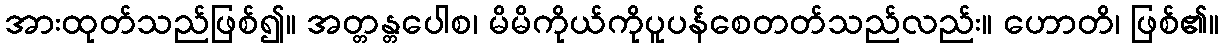
အားထုတ်သည်ဖြစ်၍။ အတ္တန္တပေါစ၊ မိမိကိုယ်ကိုပူပန်စေတတ်သည်လည်း။ ဟောတိ၊ ဖြစ်၏။